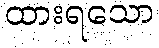
ထားရသော